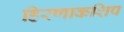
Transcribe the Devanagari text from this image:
हिरणाकशिप